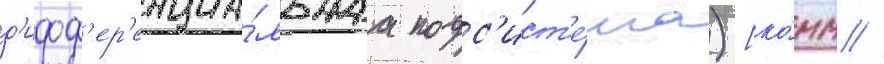
д'ифф'ер'енциа́льнаа подс'ист'е́ма) [ко́мм //